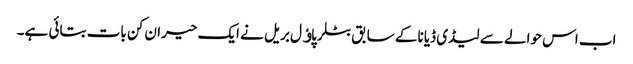
اب اس حوالے سے لیڈی ڈیانا کے سابق بٹلر پاﺅل بریل نے ایک حیران کن بات بتائی ہے۔